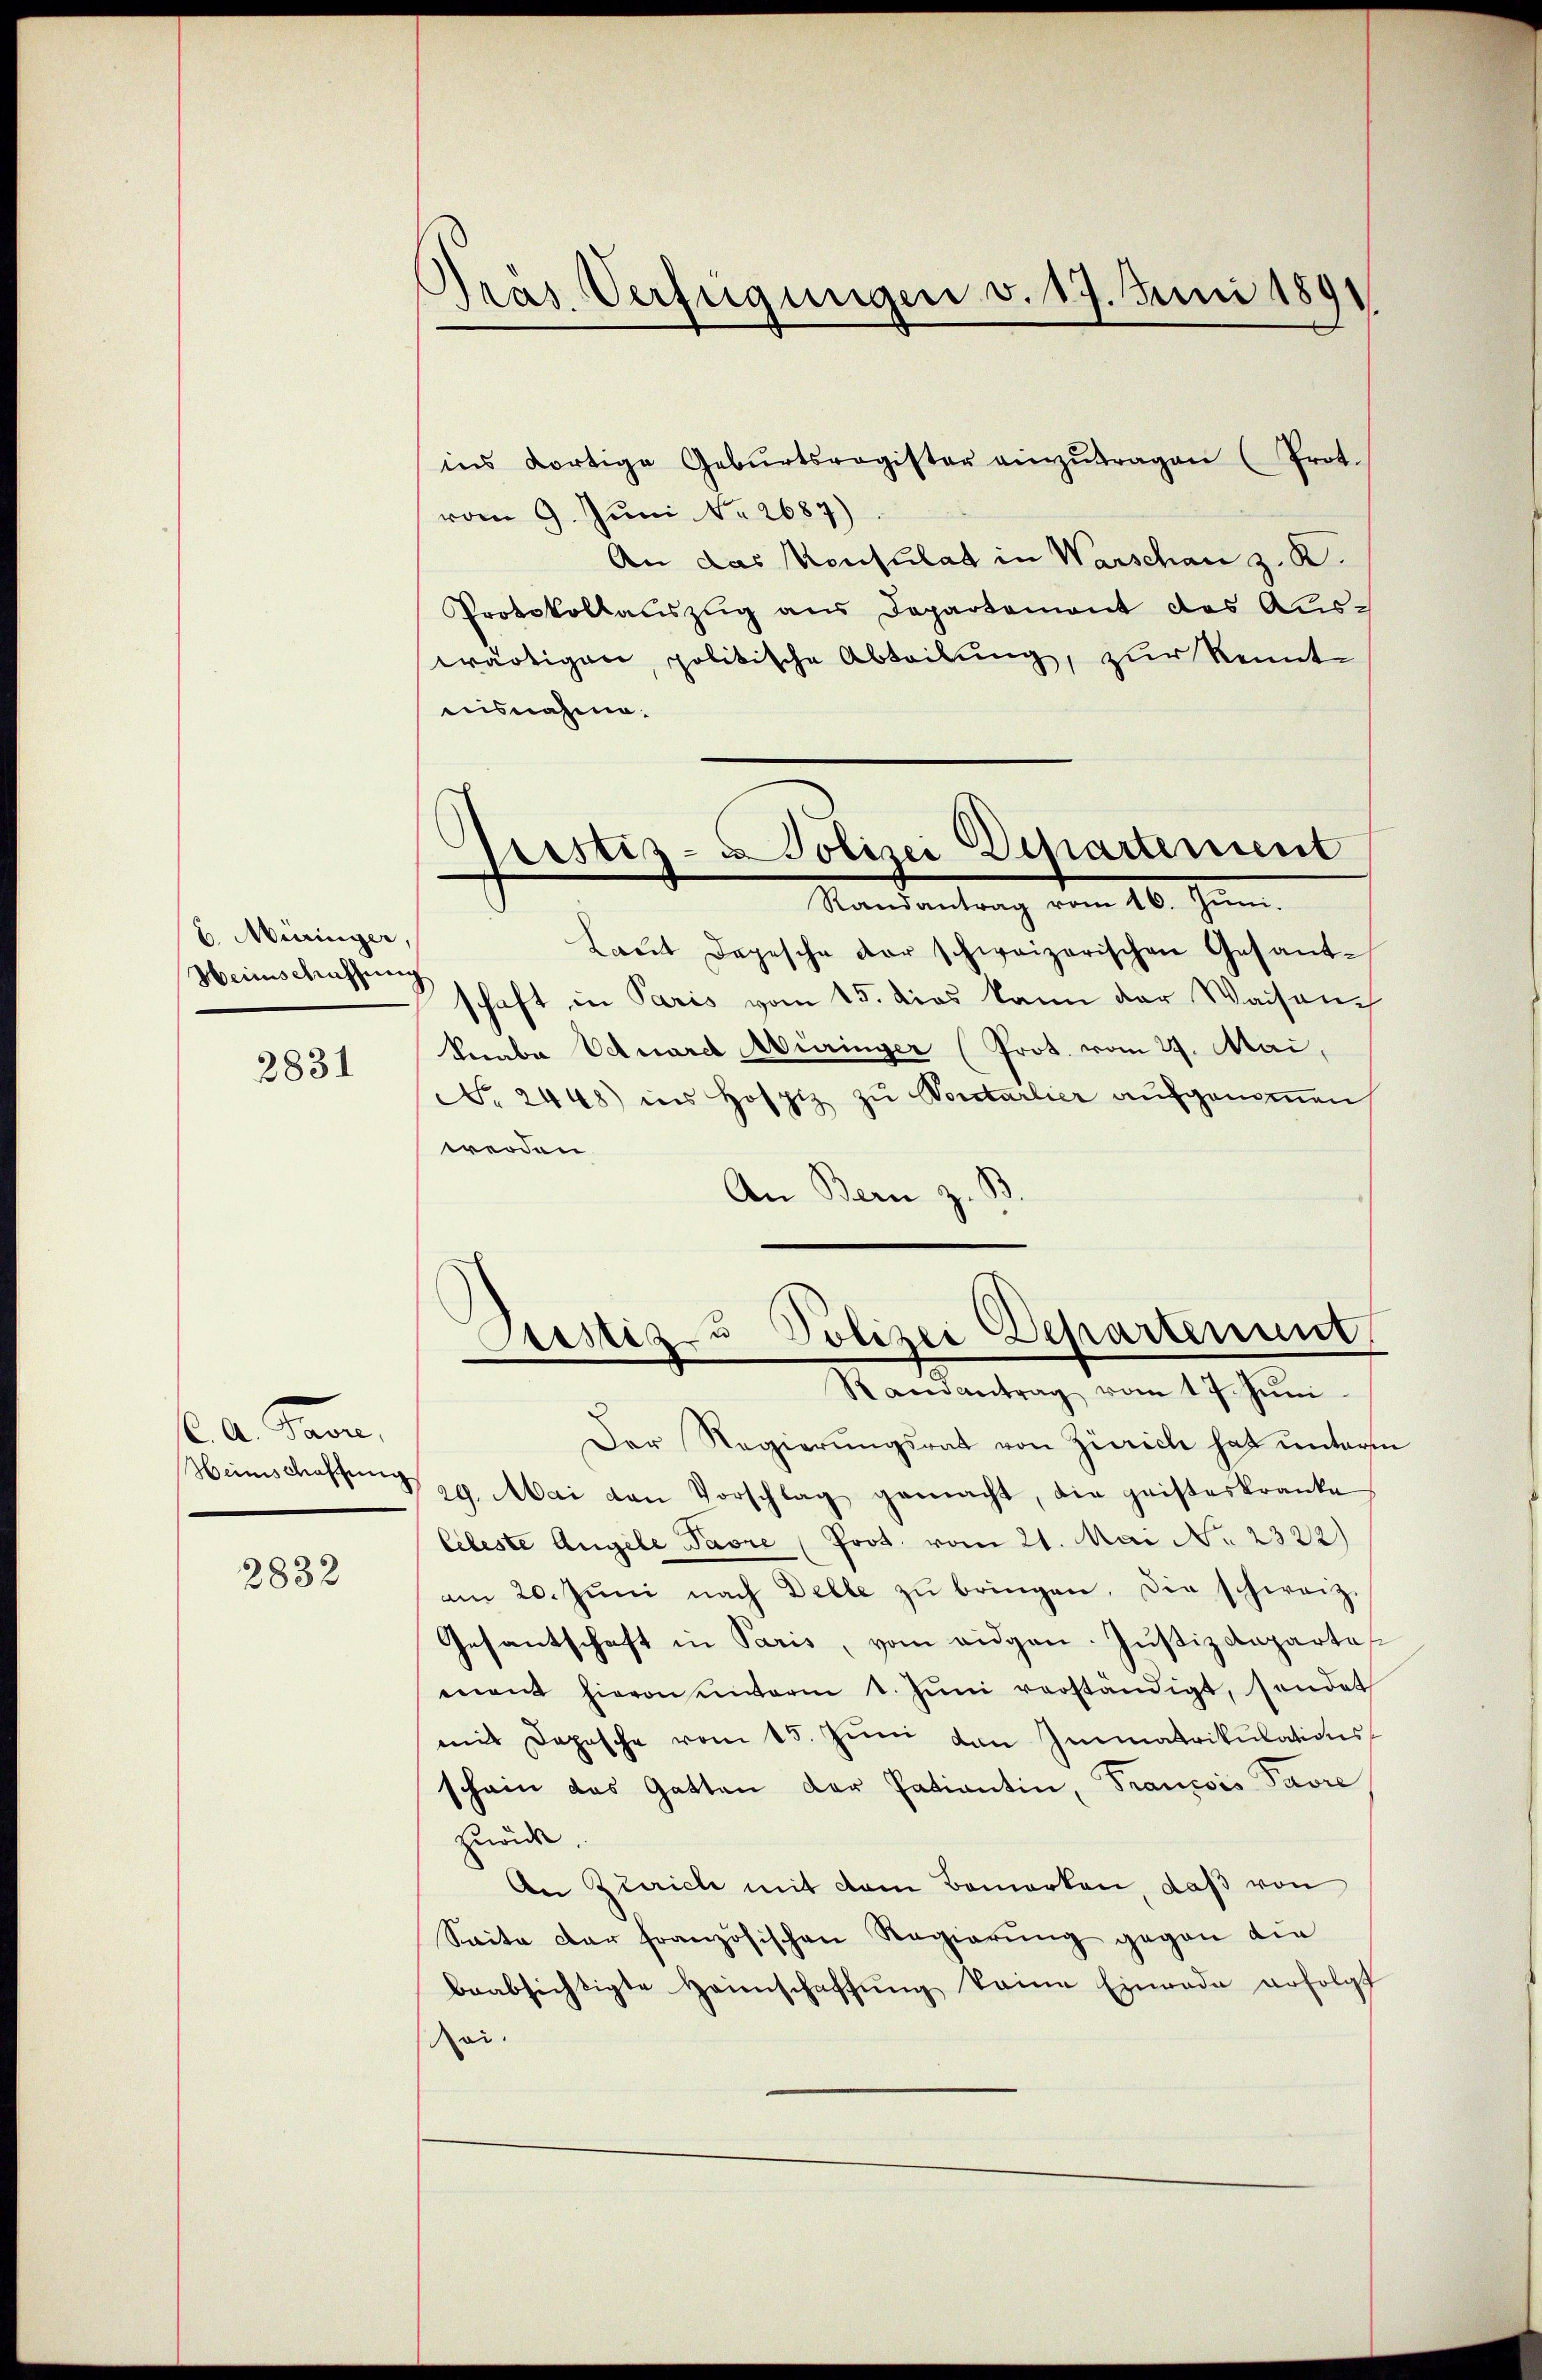
b. Müringer,
Heinschaffung
2831

e a Para

3832

Pras Verfügungen v. 17. Juni 189

ins dortige Gebŭrtsregister einzŭtragen (Prot.
vom 9. Juni No 2687)
An das Konsulat in Warschen z. B.
Protokollaŭszŭg ans Departement des Aus-
wärtigen, politische Abteilung, zur Kenntausnahme.
Justiz-Polizei Departerient
Randantrag vom 26. Juni.
Laŭt Depesche der schweizerischen Gesandschaft in Paris vom 15. dies kann der Waisench
Verabe Eduard Müringer (Prot. vom 29. Mai,
No. 2448) ins Hospiz zu Vorstarlier aufgenoṁen
werden
An Bern z.
.

Justiz- u Polizei Departenunt
Randantrag vom 17. Jŭni

3
Der Regierungsrat von Zürich hat unterm
Heimschaffung 29. Mai von Vorschlag gemacht, die geisteskranke
Cibeste Angele Pavre (Prot. vom 21. Mai No 2322)
am 20. Jŭni nach Delle zŭ bringen. Die schweiz.
Gesantschaft in Paris, vom eidgen. Justizdeparte
mant hievon unterm 1. Juni verständigt, sondet
mit Depesche vom 15. Jŭni von Immatrikulations-
schein das Gatten der Patientin, Francois Pavre
hneide
An Zürich mit dem Bemerken, daß von
Saite der französischen Regierung gegen die
beabsichtigte Heimschaffung keine Einrade erfolgt
ei.